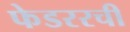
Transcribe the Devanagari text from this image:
फेडररची